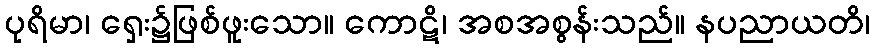
ပုရိမာ၊ ရှေး၌ဖြစ်ဖူးသော။ ကောဋိ၊ အစအစွန်းသည်။ နပညာယတိ၊